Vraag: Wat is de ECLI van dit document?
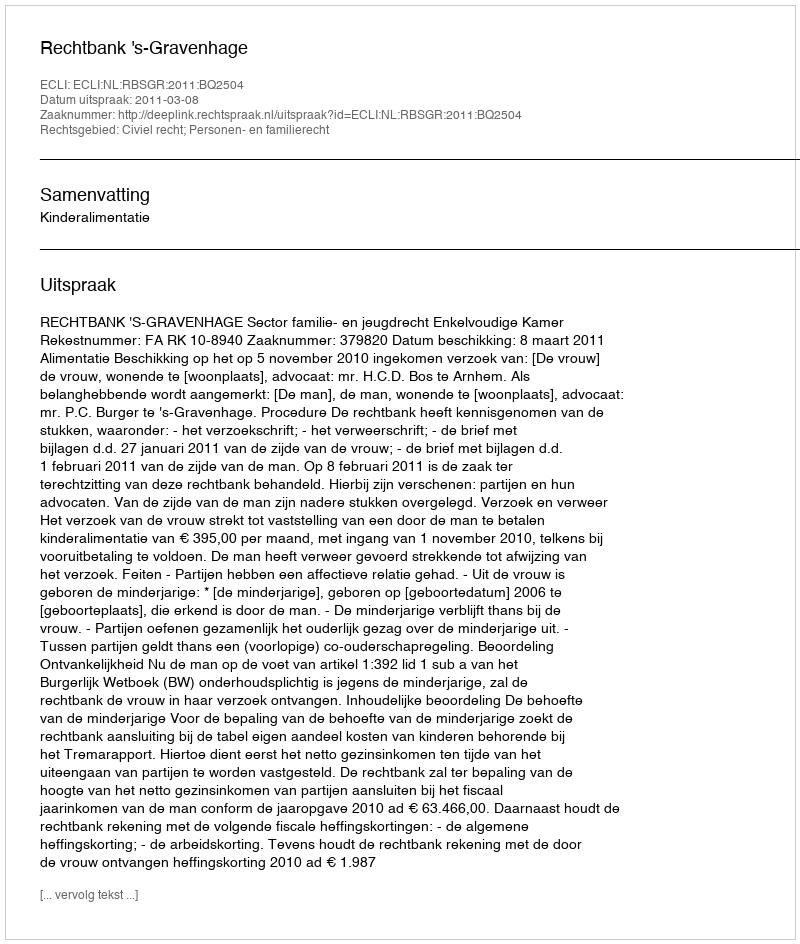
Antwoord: ECLI:NL:RBSGR:2011:BQ2504